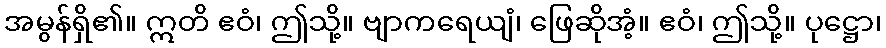
အမွန်ရှိ၏။ ဣတိ ဧဝံ၊ ဤသို့။ ဗျာကရေယျံ၊ ဖြေဆိုအံ့။ ဧဝံ၊ ဤသို့။ ပုဋ္ဌော၊